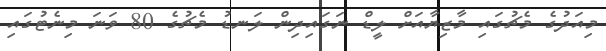
މިއަދުގެ މެޗުގައި މާޒިޔާއަށް ލީޑް ނަގައިދިން ލަނޑު މެޗުގެ 80 ވަނަ މިނެޓުގައި